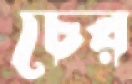
চের